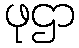
ဖုဌာ